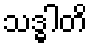
သဒ္ဓါတိ